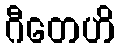
ဂီတေဟိ